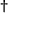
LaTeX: { } ^ { \dagger }